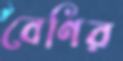
বেণির